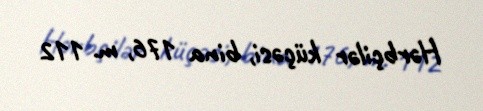
Hərbçilər küçəsi, bina 176, m. 112